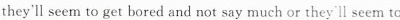
they'll scem to get bored and not say much or they ll seem to